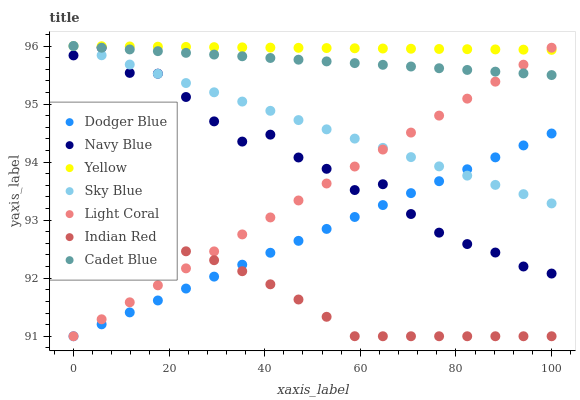
| xaxis_label | Dodger Blue | Navy Blue | Yellow | Sky Blue | Light Coral | Indian Red | Cadet Blue |
 | --- | --- | --- | --- | --- | --- | --- | --- |
 | 0 | 91 | 95.8 | 96 | 96 | 91 | 92.7 | 96 |
 | 5.88 | 91.2 | 96 | 96 | 95.8 | 91.3 | 92.7 | 96 |
 | 11.8 | 91.4 | 95.5 | 96 | 95.7 | 91.6 | 92.7 | 95.9 |
 | 17.6 | 91.6 | 95.5 | 96 | 95.5 | 91.9 | 92.6 | 95.9 |
 | 23.5 | 91.8 | 95.1 | 96 | 95.4 | 92.2 | 92.5 | 95.9 |
 | 29.4 | 92 | 94.7 | 96 | 95.2 | 92.5 | 92.3 | 95.9 |
 | 35.3 | 92.2 | 94.4 | 96 | 95 | 92.8 | 92.1 | 95.8 |
 | 41.2 | 92.4 | 94.5 | 96 | 94.9 | 93 | 91.9 | 95.8 |
 | 47.1 | 92.6 | 94.1 | 96 | 94.7 | 93.3 | 91.6 | 95.8 |
 | 52.9 | 92.8 | 93.9 | 96 | 94.6 | 93.6 | 91.3 | 95.7 |
 | 58.8 | 93.1 | 93.5 | 96 | 94.4 | 93.9 | 91 | 95.7 |
 | 64.7 | 93.3 | 93.6 | 96 | 94.2 | 94.2 | 91 | 95.7 |
 | 70.6 | 93.5 | 93.1 | 96 | 94.1 | 94.5 | 91 | 95.6 |
 | 76.5 | 93.7 | 92.8 | 95.9 | 93.9 | 94.8 | 91 | 95.6 |
 | 82.4 | 93.9 | 92.6 | 95.9 | 93.8 | 95.1 | 91 | 95.6 |
 | 88.2 | 94.1 | 92.4 | 95.9 | 93.6 | 95.4 | 91 | 95.6 |
 | 94.1 | 94.3 | 92.2 | 95.9 | 93.4 | 95.7 | 91 | 95.5 |
 | 100 | 94.5 | 92.1 | 95.9 | 93.3 | 96 | 91 | 95.5 |